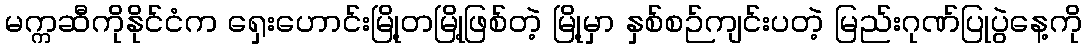
မက္ကဆီကိုနိုင်ငံက ရှေးဟောင်းမြို့တမြို့ဖြစ်တဲ့ မြို့မှာ နှစ်စဉ်ကျင်းပတဲ့ မြည်းဂုဏ်ပြုပွဲနေ့ကို